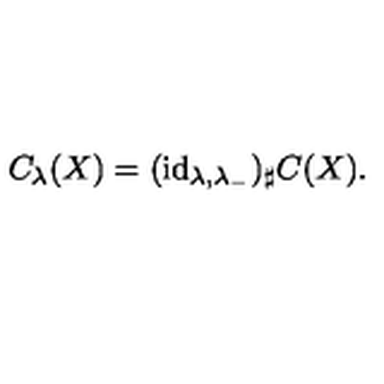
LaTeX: C _ { \lambda } ( X ) = ( \mathrm { i d } _ { \lambda , \lambda _ { - } } ) _ { \sharp } C ( X ) .